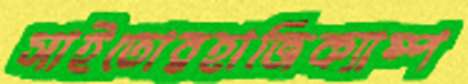
সাইতোরহাজিক্যাম্প